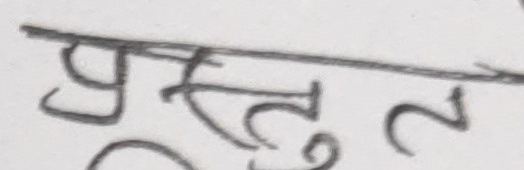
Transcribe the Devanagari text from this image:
प्रस्तुत